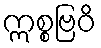
ဣစ္စဗြဝိ